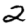
Digit: 2